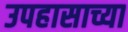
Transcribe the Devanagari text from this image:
उपहासाच्या